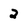
Character: 2